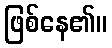
ဖြစ်နေ၏။